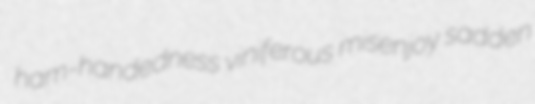
ham-handedness viniferous misenjoy sadden